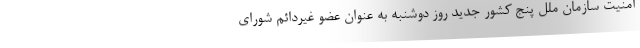
امنیت سازمان ملل پنج کشور جدید روز دوشنبه به عنوان عضو غیردائم شورای